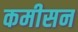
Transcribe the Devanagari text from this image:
कमीसन